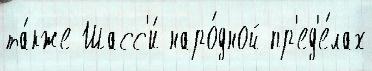
та́кже Шасс'и́ наро́дной пр'ед'е́лах